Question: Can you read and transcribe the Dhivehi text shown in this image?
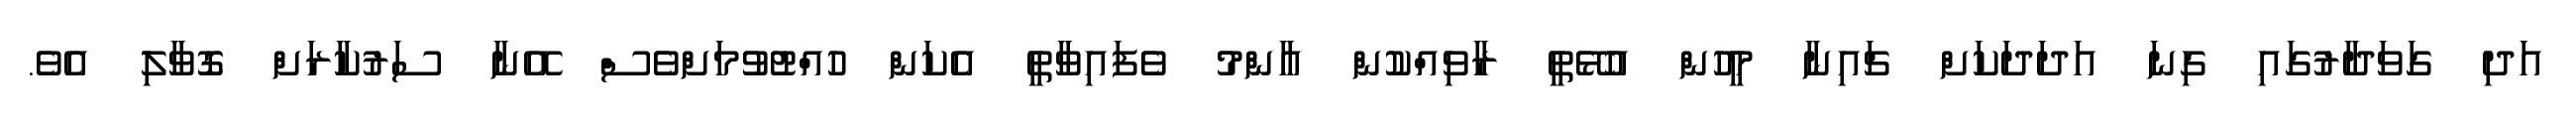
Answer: އަދި ގަވަދާރުގައި ގިނަ އަދަދަކަށް ޗައިނާ މީހުން އުޅޭތީ ރާވިއްކުން އާންމު ވެފައިވާތީ އެކަން ހުއްޓުވުމަށްވެސް އޭނާ ސަރުކާރަށް ގޮވާލި އެވެ.